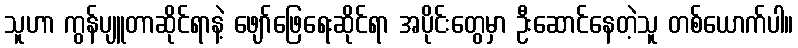
သူဟာ ကွန်ပျူတာဆိုင်ရာနဲ့ ဖျော်ဖြေရေးဆိုင်ရာ အပိုင်းတွေမှာ ဦးဆောင်နေတဲ့သူ တစ်ယောက်ပါ။